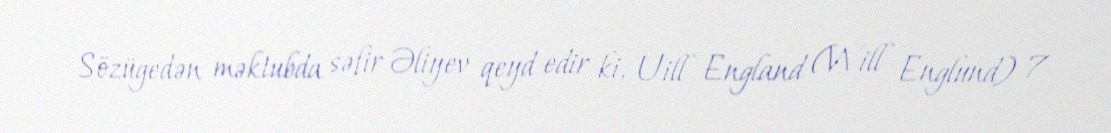
Sözügedən məktubda səfir Əliyev qeyd edir ki, Uill England (Will Englund) 7